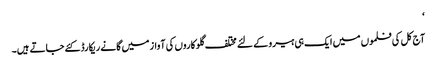
‘
آج کل کی فلموں میں ایک ہی ہیرو کے لئے مختلف گلوکاروں کی آواز میں گانے ریکارڈ کئے جاتے ہیں۔